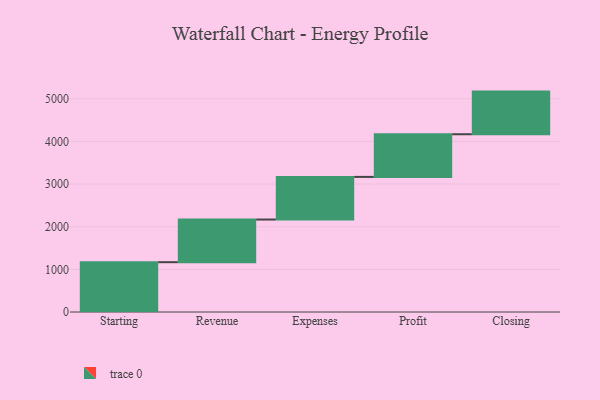
{"axis": {"x": "Step", "y": "Value"}, "legend": [""], "data": [{"x": "Starting", "y": 1168.0, "type": ""}, {"x": "Revenue", "y": 1000, "type": ""}, {"x": "Expenses", "y": 1000, "type": ""}, {"x": "Profit", "y": 1000, "type": ""}, {"x": "Closing", "y": 1000, "type": ""}]}